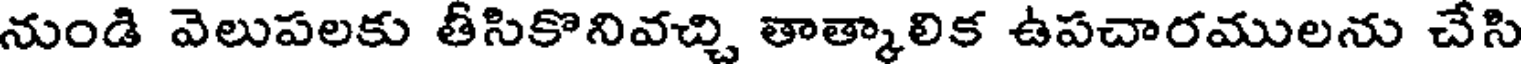
నుండి వెలుపలకు తీసికొనివచ్చి తాత్కాలిక ఉపచారములను చేసి